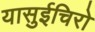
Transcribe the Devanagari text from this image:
यासुईचिरो